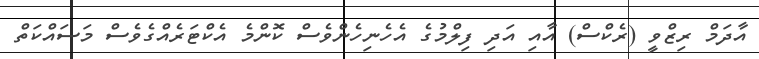
އާދަމް ރިޒްވީ (ރެކްސް) އާއި އަދި ފިލްމުގެ އެހެނިހެންވެސް ކޮންމެ އެކްޓަރެއްގެވެސް މަސައްކަތް